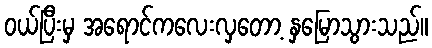
ဝယ်ပြီးမှ အရောင်ကလေးလှတော့ နှမြောသွားသည်။